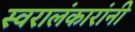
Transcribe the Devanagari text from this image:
स्वरालंकारांनी